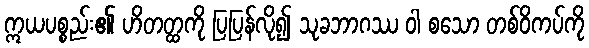
ဣယပစ္စည်း၏ ဟိတတ္ထကို ပြပြန်လို၍ သုခဘာဂဿ ဝါ စသော တစ်ဝိကပ်ကို